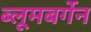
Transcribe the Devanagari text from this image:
ब्लूमबर्गेन